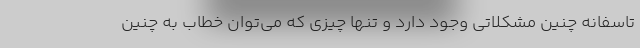
تاسفانه چنین مشکلاتی وجود دارد و تنها چیزی که می‌توان خطاب به چنین